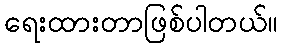
ရေးထားတာဖြစ်ပါတယ်။